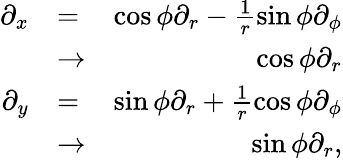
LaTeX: \begin{array}{rlr}{\partial_{x}}&{=}&{\cos\phi\partial_{r}-\frac{1}{r}\sin\phi\partial_{\phi}}\\ &{\rightarrow}&{\cos\phi\partial_{r}}\\ {\partial_{y}}&{=}&{\sin\phi\partial_{r}+\frac{1}{r}\cos\phi\partial_{\phi}}\\ &{\rightarrow}&{\sin\phi\partial_{r},}\end{array}